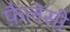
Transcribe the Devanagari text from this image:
फ़ैलेसी